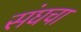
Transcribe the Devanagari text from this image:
संघचा